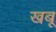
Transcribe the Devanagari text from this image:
खबू